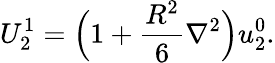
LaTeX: U_{2}^{1}=\Big(1+\frac{R^{2}}{6}\nabla^{2}\Big)u_{2}^{0}.